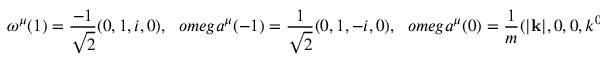
\omega ^ { \mu } ( 1 ) = \frac { - 1 } { \sqrt 2 } ( 0 , 1 , i , 0 ) , \ \ \, o m e g a ^ { \mu } ( - 1 ) = \frac { 1 } { \sqrt 2 } ( 0 , 1 , - i , 0 ) , \ \ \, o m e g a ^ { \mu } ( 0 ) = \frac { 1 } { m } ( \vert { \bf k } \vert , 0 , 0 , k ^ { 0 } ) .